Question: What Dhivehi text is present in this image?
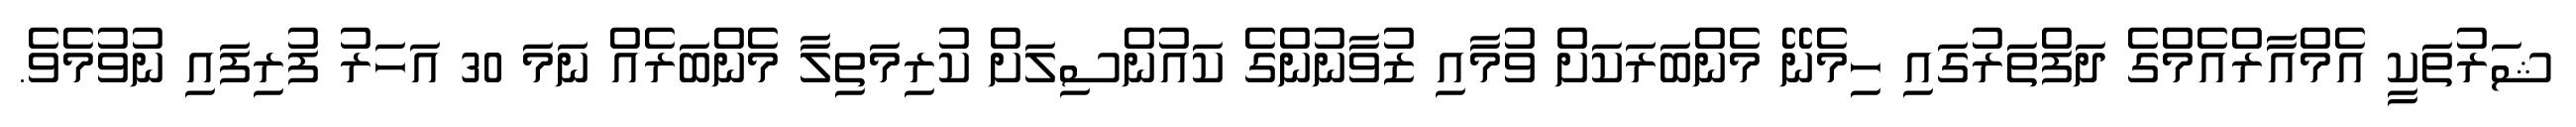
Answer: ޝަރުތަކީ އެމްއާރްއެމްގެ ދަފްތަރުގައި ހިމެނޭ މެންބަރަކަށް ވުމާއި ޒުވާނުންގެ ކައުންސިލަށް ކުރިމަތިލާ މެންބަރެއް ނަމަ 30 އަހަރު ފުރިފައި ނުވުމެވެ.